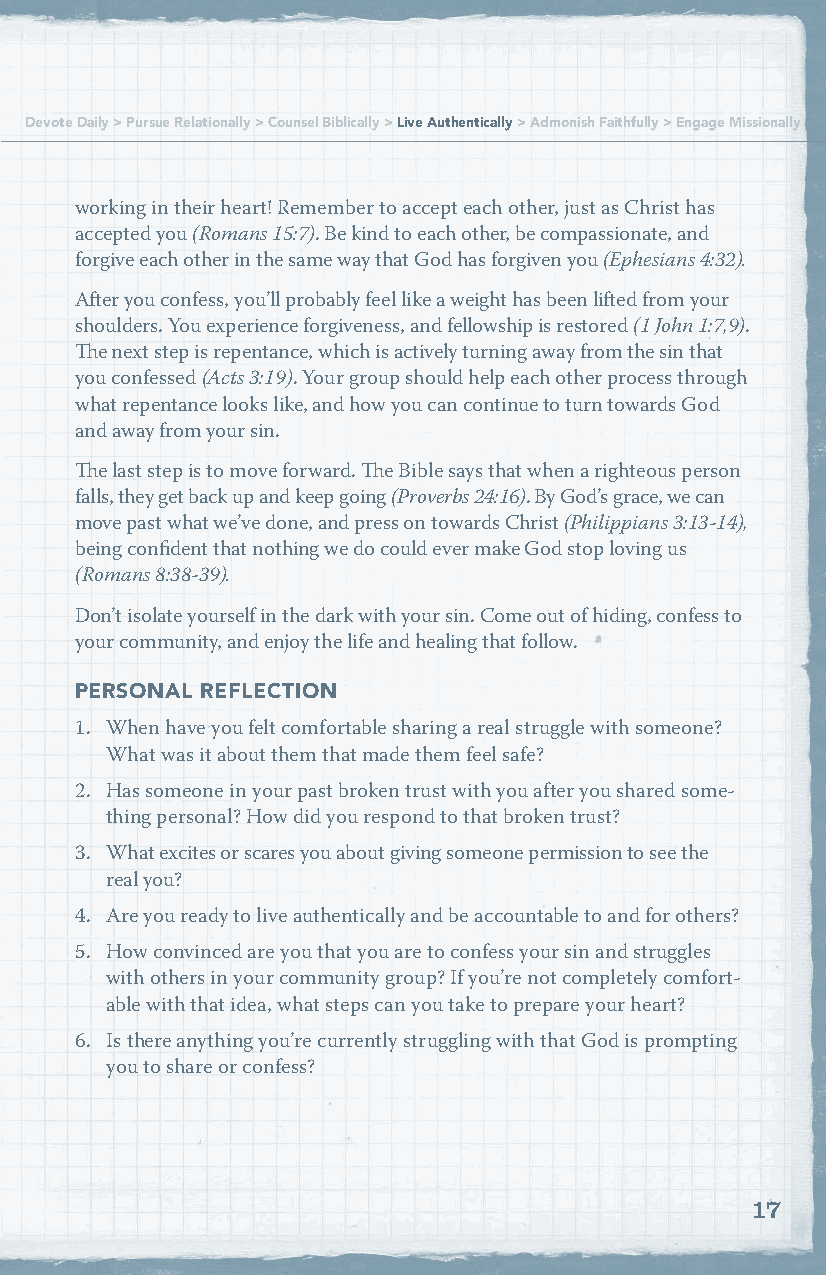
Devote Daily > Pursue Relationally > Counsel Biblically > Live Authentically > Admonish Faithfully > Engage Missionally Devote Daily > Pursue Relationally > Counsel Biblically > Live Authentically > Admonish Faithfully > Engage Missionally
 working in their heart! Remember to accept each other, just as Christ has
 accepted you (Romans 15:7). Be kind to each other, be compassionate, and
 forgive each other in the same way that God has forgiven you (Ephesians 4:32).
 After you confess, you’ll probably feel like a weight has been lifted from your
 shoulders. You experience forgiveness, and fellowship is restored (1 John 1:7,9).
 The next step is repentance, which is actively turning away from the sin that
 you confessed (Acts 3:19). Your group should help each other process through
 what repentance looks like, and how you can continue to turn towards God
 and away from your sin.
 The last step is to move forward. The Bible says that when a righteous person
 falls, they get back up and keep going (Proverbs 24:16). By God’s grace, we can
 move past what we’ve done, and press on towards Christ (Philippians 3:13-14),
 being confident that nothing we do could ever make God stop loving us
 (Romans 8:38-39).
 Don’t isolate yourself in the dark with your sin. Come out of hiding, confess to
 your community, and enjoy the life and healing that follow.
 PERSONAL REFLECTION
 1. When have you felt comfortable sharing a real struggle with someone?
 What was it about them that made them feel safe?
 2. Has someone in your past broken trust with you after you shared some-
 thing personal? How did you respond to that broken trust?
 3. What excites or scares you about giving someone permission to see the
 real you?
 4. Are you ready to live authentically and be accountable to and for others?
 5. How convinced are you that you are to confess your sin and struggles
 with others in your community group? If you’re not completely comfort-
 able with that idea, what steps can you take to prepare your heart?
 6. Is there anything you’re currently struggling with that God is prompting
 you to share or confess?
 17